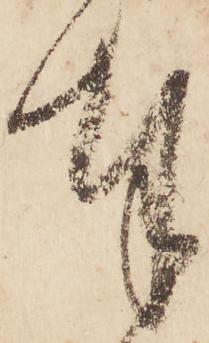
奉